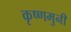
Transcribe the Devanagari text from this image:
कृष्णमुनी